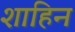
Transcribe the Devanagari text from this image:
शाहिन